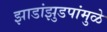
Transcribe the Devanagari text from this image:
झाडांझुडपांमुळे